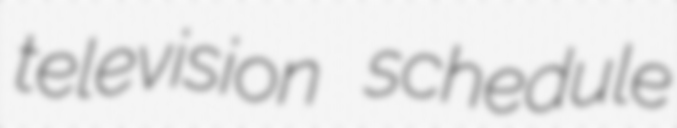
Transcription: television schedule